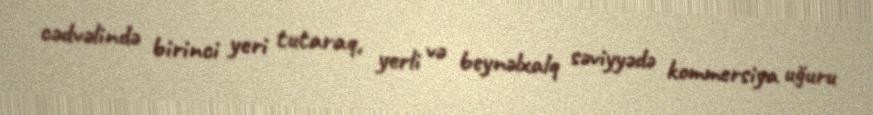
cədvəlində birinci yeri tutaraq, yerli və beynəlxalq səviyyədə kommersiya uğuru